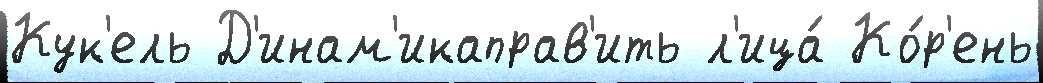
Кук'ель Д'инам'икаправ'ить л'ица́ Ко́р'ень